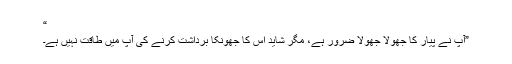
“
”آپ نے پیار کا جھولا جھولا ضرور ہے، مگر شاید اس کا جھونکا برداشت کرنے کی آپ میں طاقت نہیں ہے۔